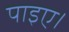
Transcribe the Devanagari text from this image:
पाइए।